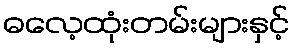
ဓလေ့ထုံးတမ်းများနှင့်